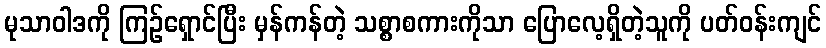
မုသာဝါဒကို ကြဉ်ရှောင်ပြီး မှန်ကန်တဲ့ သစ္စာစကားကိုသာ ပြောလေ့ရှိတဲ့သူကို ပတ်ဝန်းကျင်